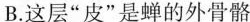
B.这层”皮”是蝉的外骨骼